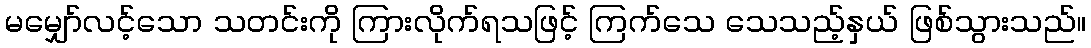
မမျှော်လင့်သော သတင်းကို ကြားလိုက်ရသဖြင့် ကြက်သေ သေသည့်နှယ် ဖြစ်သွားသည်။